Annual statistical returns and brief notes on vaccination in Bengal - 1896-1909
Year: 1896
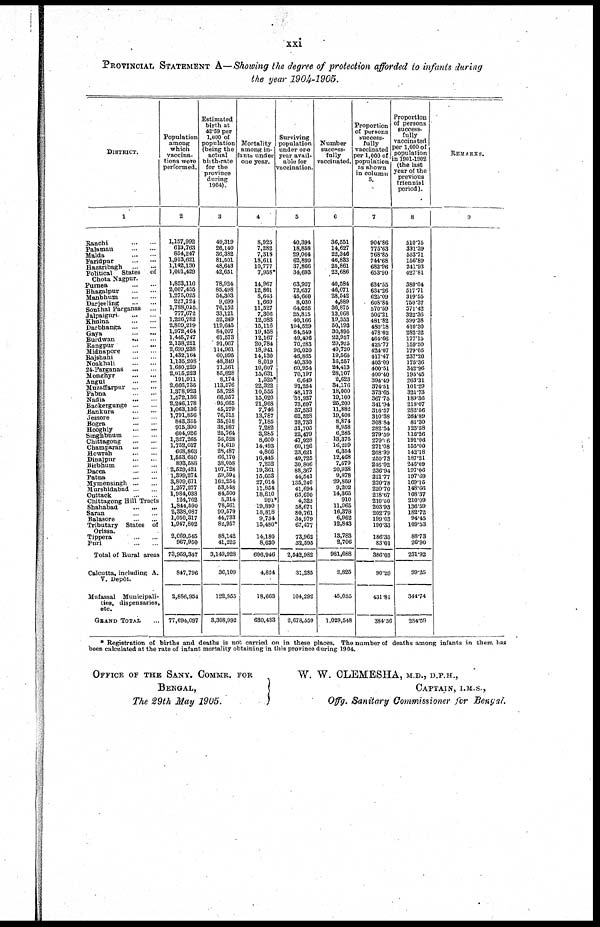
xxi
PROVINCIAL STATEMENT A—Showing the degree of protection afforded to infants during
the year 1904-1905.
DISTRICT.
1
Ranchi
...
...
Palamau
...
...
Malda
...
...
Faridpur
...
...
Hazaribagh
...
...
Political States of
Chota Nagpur.
Purnea
...
...
Bhagalpur
...
...
Manbhum
...
...
Darjeeling
...
...
Sonthal Parganas ...
Jalpaiguri
...
...
Khulna
...
...
Darbhanga
...
...
Gaya
...
...
Burdwan
...
...
Rangpur
...
...
Midnapore
...
...
Rajshahi
...
...
Noakhali
...
...
24-Parganas
...
...
Monghyr
...
...
Angul
...
...
Muzaffarpur
...
...
Pabna
...
...
Nadia
...
...
Backergunge ... ...
Bankura
...
...
Jessore
...
...
Bogra
...
...
Hooghly
...
...
Singhbhum
...
...
Chittagong
...
...
Champaran
...
...
Howrah
...
...
Dinajpur
...
...
Birbhum
...
...
Dacca
...
...
Patna
...
...
Mymensingh ... ...
Murshidabad ... ...
Cuttack
...
...
Chittagong Hill Tracts
Shahabad
...
...
Saran
...
...
Balasore
...
...
Tributary States of
Orissa.
Tippera
...
...
Puri
...
...
Total of Rural areas
Calcutta, including A.
V. Depôt.
Mufassal Municipali-
ties, dispensaries,
etc.
GRAND TOTAL
Population
among
which
vaccina¬
tions were
performed.
2
1,157,992
613,763
854,247
1,913,621
1,142,130
1,001,429
1,853,116
2,007,455
1,275,025
227,724
1,788,015
777,672
1,226,782
2,809,219
1,972,464
1,445,747
2,138,221
2,699,238
1,432,164
1,135,208
1,680,229
2,015,223
191,911
2,666,735
1,378,923
1,572,136
2,246,178
1,063,136
1,791,856
843,335
915,390
604,926
1,327,265
1,752,037
668,863
1,553.650
893,588
2,529,421
1,399,274
3,809,671
1,257,277
1,984,038
124,762
1,844,590
2,338,087
1,050,317
1,947,802
2,069,545
967,950
73,959,347
847,796
2,886,954
77,694,097
Estimated
birth at
42.59 per
1,000 of
population
(being the
actual
birth-rate
for the
province
during
1904).
3
49,319
26,140
36,382
81,501
48,643
42,651
78,924
85,498
54,303
9,699
76,152
33,121
52,249
119,645
84,007
61,573
91,067
114,961
60,995
48,349
71,561
85,828
8,174
113,576
58,728
66,957
95,665
45,279
76,315
35,918
38,987
25,764
56,528
74,619
28,487
66,170
38,058
107,728
59,594
162,254
53,548
84,500
5,314
78,561
99,579
44,733
82,957
88,142
41,225
3,149,928
36,109
122,955
3,308,992
Mortality
among in¬
fants under
one year.
4
8,925
7,282
7,318
18,611
10,777
7,958*
14,967
12,861
8,643
1,669
11,527
7,306
12,083
15,116
19,458
12,167
20,784
18,941
14,130
8,019
10,607
15,631
1,525*
22,322
10,555
15,020
21,968
7,746
13,787
7,185
7,282
3,285
8,600
14,493
4,866
16,445
7,252
19,361
15,053
27,014
11,854
18,810
991*
19,890
18,818
9,754
15,480*
14,180
8,630
606,946
4,824
18,663
630,433
Surviving
population
under one
year avail-
able for
vaccination.
5
40,394
18,858
29,064
62,890
37,866
34,693
63,957
72,637
45,660
8,030
64,625
25,815
40,166
104,529
64,549
49,406
70,283
96,020
46,865
40,330
60,954
70,197
6,649
91,254
48,173
51,937
73,697
37,533
62,528
28,733
31,705
22,479
47,928
60,126
23,621
49,725
30,806
88,367
44,541
135,240
41,694
65,690
4,323
58,671
80,761
34,979
67,477
73,962
32,595
2,542,982
31,285
104,292
2,678,559
Number
success-
fully
vaccinated.
6
36,551
14,627
22,346
46,833
25,861
22,686
40,584
46,071
28,542
4,889
36,875
13,068
19,353
50,193
30,895
22,957
29,925
40,720
19,565
16,257
24,413
28,107
2,623
34,176
18,000
19,100
25,200
11,882
19,408
8,874
8,958
6,285
13,375
16,299
6,354
12,468
7,579
20,938
9,878
29,859
9,202
14,365
910
11,965
16,378
6,962
12,843
13,783
2,706
981,688
2,825
45,035
1,029,548
Proportion
of persons
success-
fully
vaccinated
per 1,000 of
population
as shown
in column
5.
7
904.86
775.63
768.85
744.68
682.96
653,90
634.55
634.26
625.09
608.84
570.59
506.21
481.82
480.18
478.62
464.66
425.77
424.07
417.47
403.09
400.51
400.40
394.49
374.51
373.65
367.75
341.94
316.57
310.38
308.84
282.54
279.59
279.06
271.08
268.99
250.73
246.02
236.94
221.77
220.78
220.70
218.67
210.50
203.93
202.79
199.03
190.33
186.35
83.01
386.03
90.29
431.81
384.36
Proportion
of persons
success-
fully
vaccinated
per 1,000 of
population
in 1901-1902
(the last
year of the
previous
triennial
period).
8
510.75
331.39
563.71
156.89
241.93
427.81
380.04
517.71
319.55
750.37
371.42
322.36
399.38
410.30
282.32
177.15
159.50
179.05
237.20
175.36
342.96
195.45
263.31
101.29
321.73
189.36
218.07
282.56
264.89
81.30
125.58
116.26
191.06
155.00
142.18
187.21
246.09
197.06
197.69
169.15
148.66
108.37
210.09
136.59
182.72
94.45
109.53
88.73
26.90
231.92
99.25
344.74
234.59
REMARKS.
9
* Registration of births and deaths is not carried on in these places. The number of deaths among infants in them has
been calculated at the rate of infant mortality obtaining in this province during 1904.
OFFICE OF THE SANY. COMMR. FOR
BENGAL,
The 29th May 1905.
W. W. CLEMBSHA, M.D., D.P.H.,
CAPTAIN, I.M.S.,
Offg. Sanitary Commissioner for Bengal.